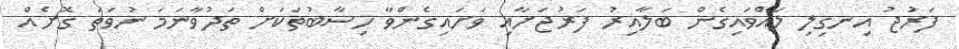
ފަރުޖު އިނގިލި ލައްވައިގެން ބަލާއިރު ފަރުޖަށާއި ވަށައިގެންވާ ހިސާބުތަކަށް ތަދުވާނަމަ ނުވަތަ ގޮށެއް